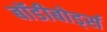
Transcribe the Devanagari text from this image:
बॉडीबोर्ड्स